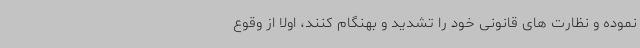
نموده و نظارت های قانونی خود را تشدید و بهنگام کنند، اولاً از وقوع